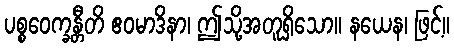
ပစ္စဝေက္ခန္တီတိ ဧဝမာဒိနာ၊ ဤသို့အတူရှိသော။ နယေန၊ ဖြင့်။